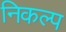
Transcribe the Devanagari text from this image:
निकल्प